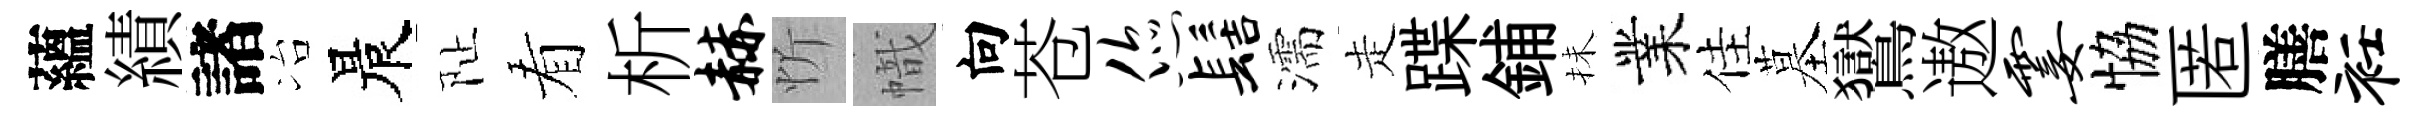
蘊績諸冶晨阯看析赫忻幟向苍您髻濡走蹀鋪抺業佳墓鸑遨霎恊匿膳衽